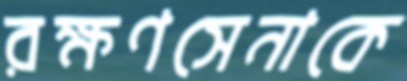
রক্ষণসেনাকে